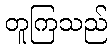
တူကြသည်